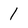
Character: 1